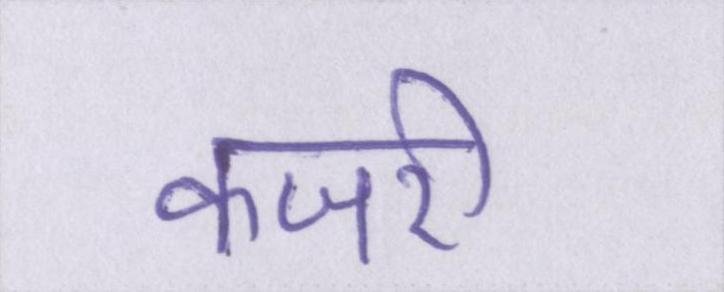
कजरी